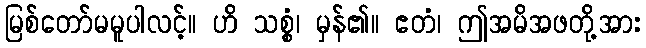
မြစ်တော်မမူပါလင့်။ ဟိ သစ္စံ၊ မှန်၏။ ဧတံ၊ ဤအမိအဖတို့အား